NAE_ERA_R-2078_Sihtasutus_Eesti_Kontsert, lk 173
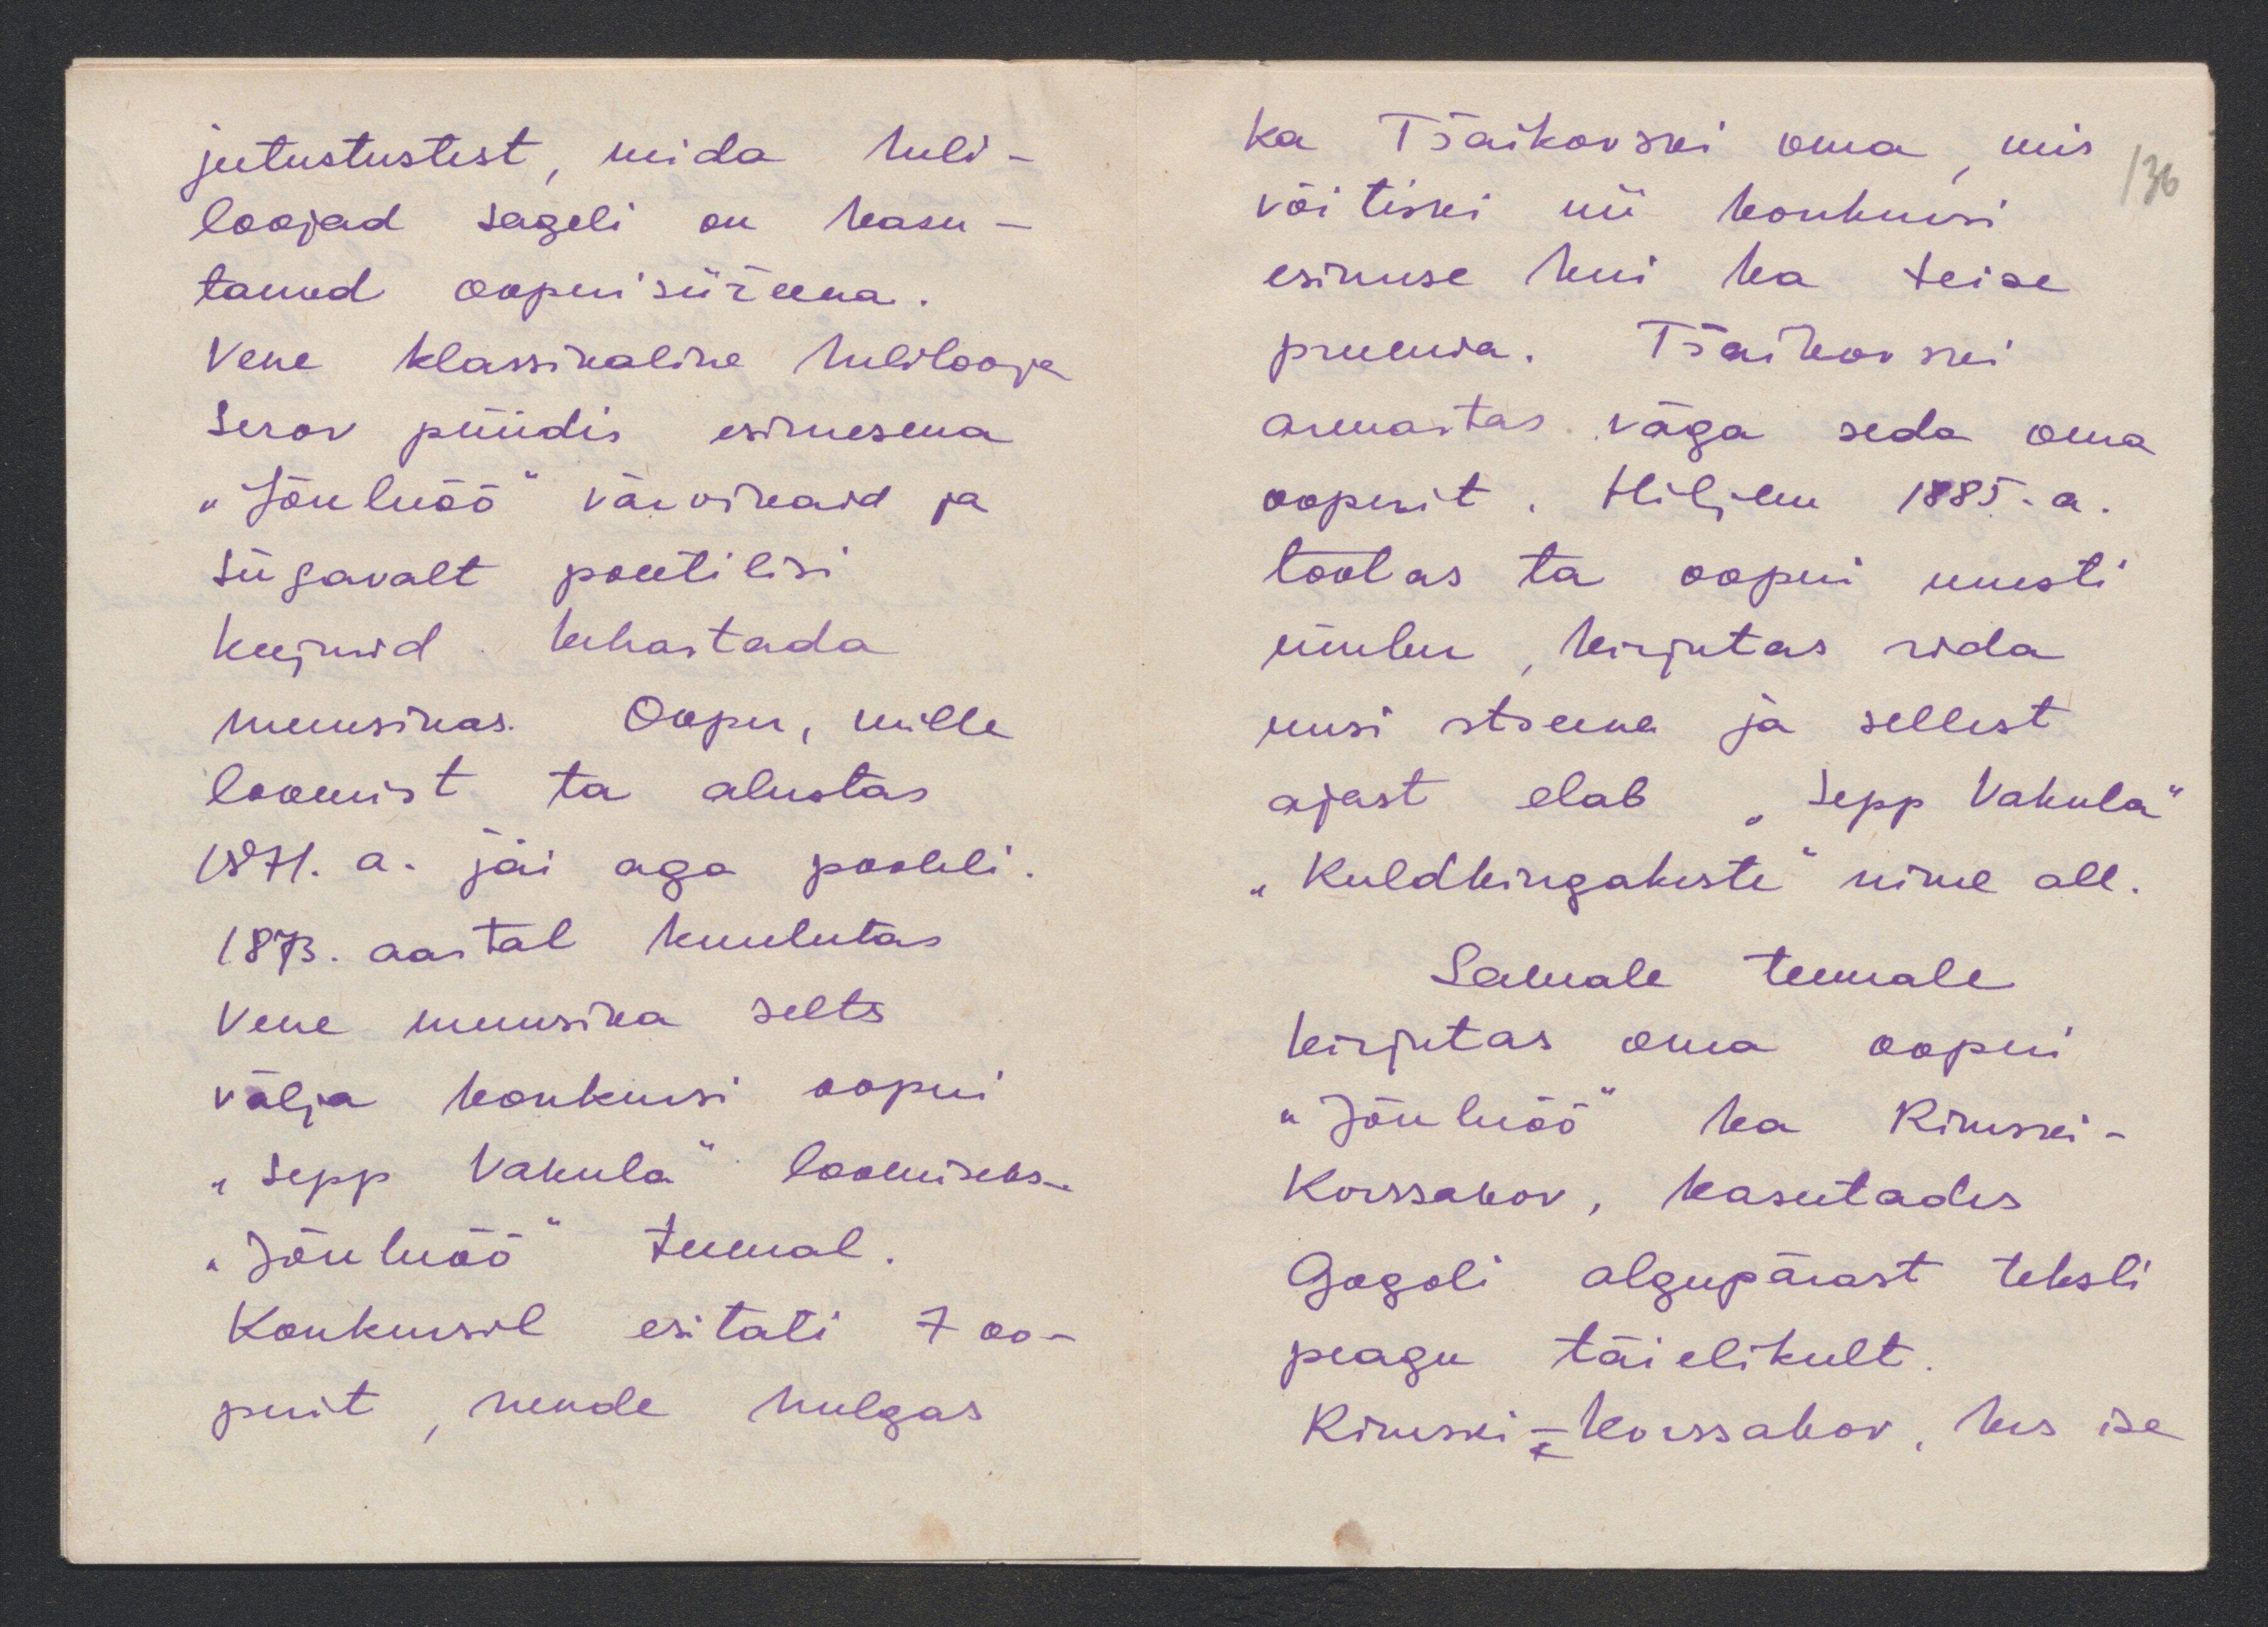
jutustustest, mida heli-
loojad sageli on kasu-
tanud ooperi süžeena.
Vene klassikaline helilooja
Serov püüdis esimesena
"Jõuluöö" värvikaid ja
sügavalt poeetilisi
kujusid kehastada
muusikas. Ooper, mille
loomist ta alustas
1871. a. jäi aga pooleli
1873. aastal kuulutas
Vene muusika selts.
välja konkursi ooperi
"Sepp Vakula" loomiseks.
"Jõuluöö" teemal.
Konkursil esitati 7 oo-
perit, nende hulgas

Ka Tšaikovski oma, mis
136
võitiski nii konkursi
esimese kui ka teise
preemia. Tšaitkovski
armastas väga seda oma
ooperit. Hiljem 1885. a.
töötas ta ooperi uuesti
ümber, kirjutas rida
uusi stseene ja sellest
ajast elab "Sepp Vakula"
"Kuldkingakeste" nime all.
Samale teemale
kirjutas oma ooperi
"Jõuluöö" ka Rimski-
Korssakov, kasutades
Gogoli algupärast teksti
peagu täielikult.
Rimski-Korssakov, kes ise